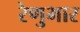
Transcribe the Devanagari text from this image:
रेणुभार